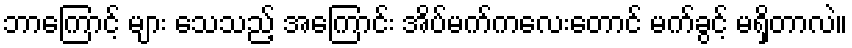
ဘာကြောင့် များ သေသည့် အကြောင်း အိပ်မက်ကလေးတောင် မက်ခွင့် မရှိတာလဲ။